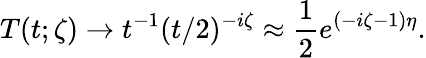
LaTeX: T(t;\zeta)\to t^{-1}(t/2)^{-i\zeta}\approx\frac{1}{2}e^{(-i\zeta-1)\eta}.